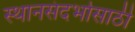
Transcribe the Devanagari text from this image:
स्थानसंदर्भासाठी